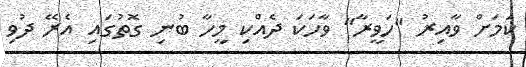
ކަމަށް ވާއިރު "ހަވީރާ" ވާހަކަ ދެއްކި މީހާ ބުނި ގޮތުގައި އެރޭ ދުވި